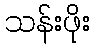
သန်းဖိုး